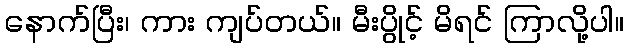
နောက်ပြီး၊ ကား ကျပ်တယ်။ မီးပွိုင့် မိရင် ကြာလို့ပါ။